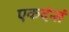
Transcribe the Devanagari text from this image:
एकदंन्तं